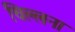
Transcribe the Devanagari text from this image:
चिल्लना